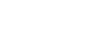
ပဝိသေယျ